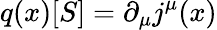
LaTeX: q(x)[S]=\partial_{\mu}j^{\mu}(x)